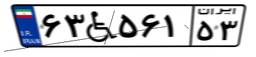
۶۰W۸۴۱۲۹